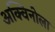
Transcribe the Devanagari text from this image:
अक्विनोला